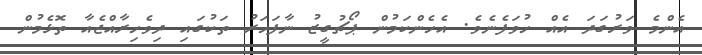
އެންމެ ވަރުގަދަ އެއް ހުވަފެނެވެ. އެހެންކަމުން ޕޯޗުގީޒު ނާފަހަރު ތަކުގައި ދިވެހިރާއްޖެއާ ތޮޅެމުން